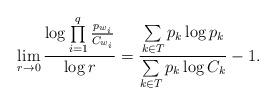
LaTeX: \begin{align*}\lim\limits_{r\to 0}\frac{\log \prod\limits_{i=1}^{q}\frac{p_{w_i}}{C_{w_i}}}{\log r} =\frac{\sum\limits_{k\in T} p_k \log p_k}{\sum\limits_{k\in T} p_k \log C_k}-1 .\end{align*}